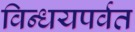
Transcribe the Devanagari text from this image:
विन्धयपर्वत